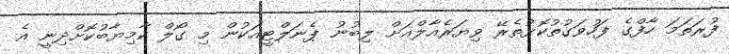
ފުރަތަމަ ހާފްގެ ފަހުވަގުތުކޮޅުތެރޭ ވިޔަރެއާލްއަށް ލިބުނު ޕެނަލްޓީއަކުން މި ގޯލް ކާމިޔާބުކޮށްދިނީ އެ